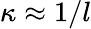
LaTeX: \kappa\approx 1/l